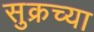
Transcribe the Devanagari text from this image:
सुक्रच्या